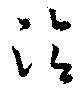
洽